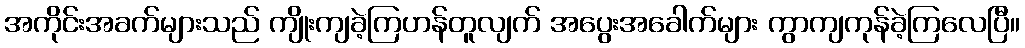
အကိုင်းအခက်များသည် ကျိုးကျခဲ့ကြဟန်တူလျက် အပွေးအခေါက်များ ကွာကျကုန်ခဲ့ကြလေပြီ။